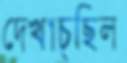
দেখাচ্ছিল